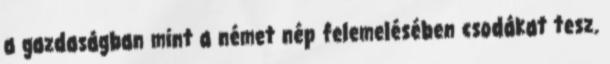
a gazdaságban mint a német nép felemelésében csodákat tesz.